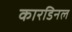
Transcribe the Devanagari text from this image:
कारडिनल